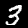
Digit: 3